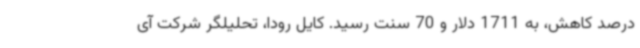
درصد کاهش، به 1711 دلار و 70 سنت رسید. کایل رودا، تحلیلگر شرکت آی